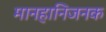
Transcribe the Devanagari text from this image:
मानहानिजनक